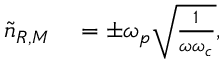
\begin{array} { r l } { \tilde { n } _ { R , M } } & { { } = \pm \omega _ { p } \sqrt { \frac { 1 } { \omega \omega _ { c } } } , } \end{array}